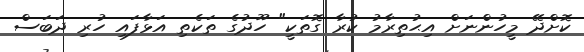
ކޮށްދޭ މީހުންނަށް އިޙުތިރާމު ކުރާ ގޮތަކީ" ހޫދުގެ ތަކެތި އަޅާފައި ހުރި ދަބަސް